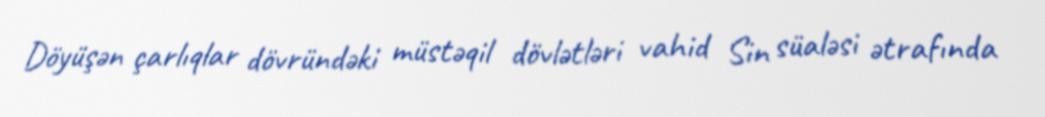
Döyüşən çarlıqlar dövründəki müstəqil dövlətləri vahid Sin süaləsi ətrafında